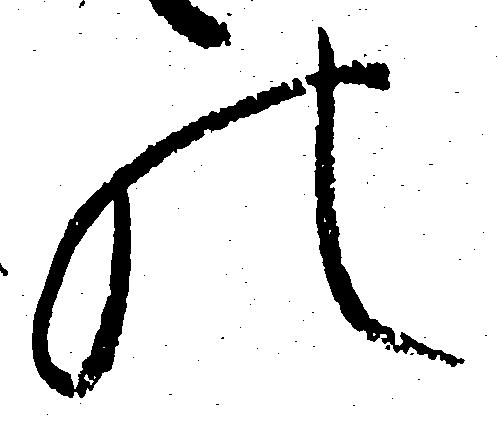
の